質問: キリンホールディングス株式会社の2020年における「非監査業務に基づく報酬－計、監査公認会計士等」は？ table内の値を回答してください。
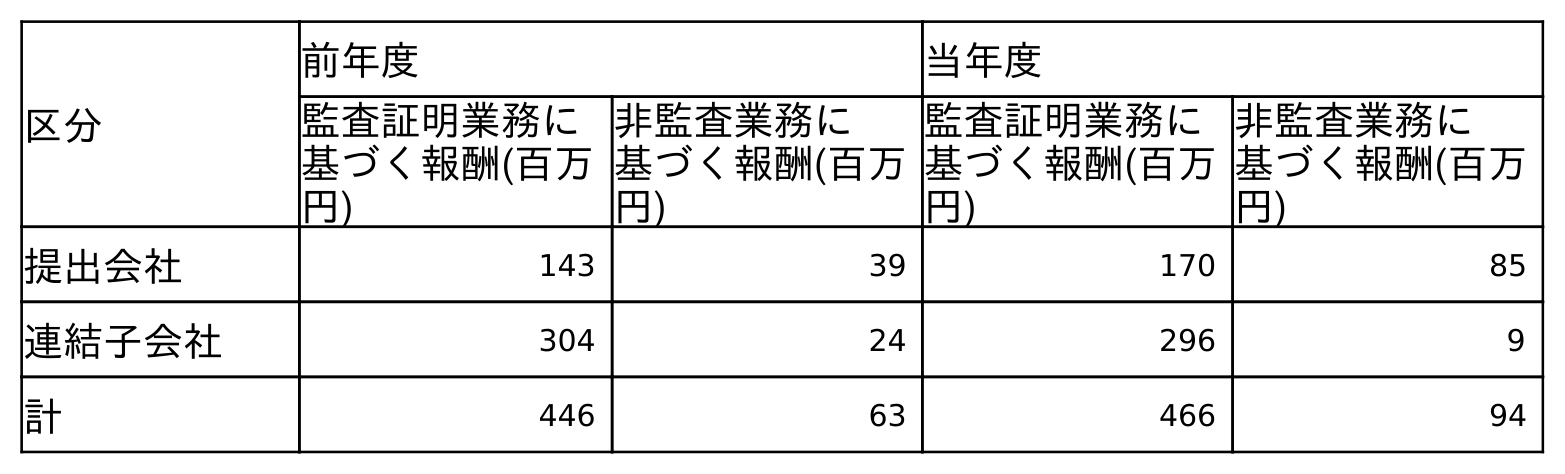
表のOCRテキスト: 区分 前年度 当年度 監査証明業務に 基づく報酬(百万 円) 非監査業務に 基づく報酬(百万 円) 監査証明業務に 基づく報酬(百万 円) 非監査業務に 基づく報酬(百万 円) 提出会社 143 39 170 85 連結子会社 304 24 296 9 計 446 63 466 94
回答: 94